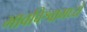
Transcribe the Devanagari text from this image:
भावविश्वामध्ये